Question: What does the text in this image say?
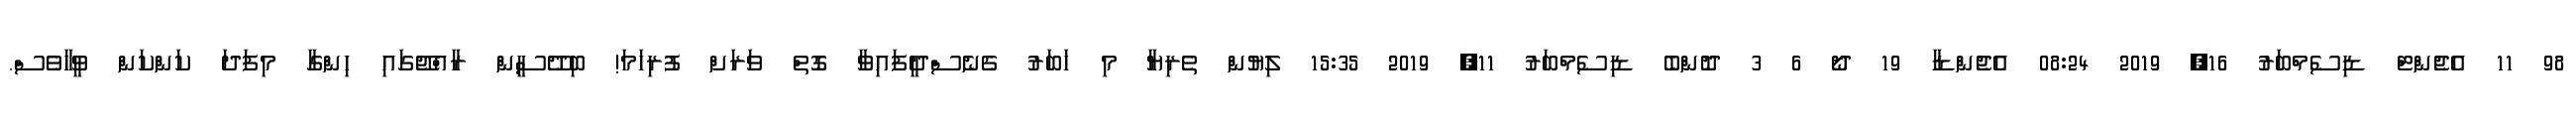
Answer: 98 11 އެޖެންޓް ޑިސެމްބަރު 16, 2019 08:24 އެޖެންޑާ 19 ދޯ 6 3 ދޮންބެ ޑިސެމްބަރު 11, 2019 15:35 ލިޔުން ތެރިޔާ މި ޚަބަރު ގެނެސްދީފައިވާ ގޮތް ވަރަށް ފުރިހަމަ! ބިދޭސީން ރާއްޖޭގައި ހިންގާ މިފަދަ ކަންކަން ވީހާވެސް.